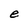
Character: e